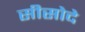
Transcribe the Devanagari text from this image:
सीसोदे